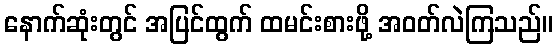
နောက်ဆုံးတွင် အပြင်ထွက် ထမင်းစားဖို့ အဝတ်လဲကြသည်။